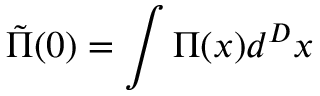
\tilde { \Pi } ( 0 ) = \int \Pi ( x ) d ^ { D } x